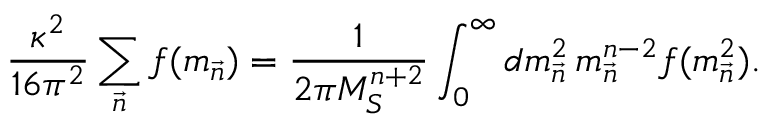
{ \frac { \kappa ^ { 2 } } { 1 6 \pi ^ { 2 } } } \sum _ { \vec { n } } f ( m _ { \vec { n } } ) = { \frac { 1 } { 2 \pi M _ { S } ^ { n + 2 } } } \int _ { 0 } ^ { \infty } d m _ { \vec { n } } ^ { 2 } \, m _ { \vec { n } } ^ { n - 2 } f ( m _ { \vec { n } } ^ { 2 } ) .